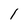
Character: 1